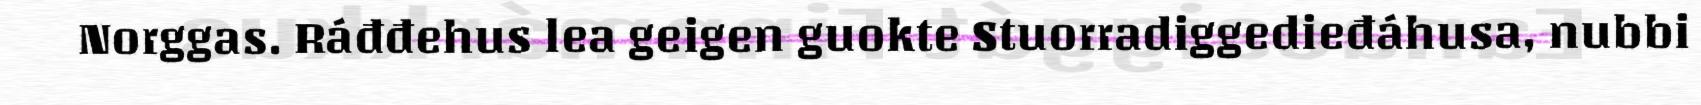
Norggas. Ráđđehus lea geigen guokte Stuorradiggedieđáhusa, nubbi